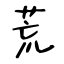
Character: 荒